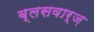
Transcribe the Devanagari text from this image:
ब्लसवार्ज़